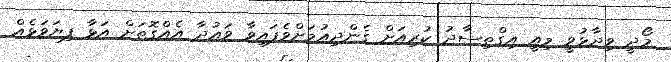
މޯދީ ވިދާޅުވީ މިއީ އިގްތިސާދު ކުރިއަށް ގެންދިއުމަށްވެފައިވާ ވައުދާ އެއްގޮތަށް އަޅާ ފިޔަވަޅެއް